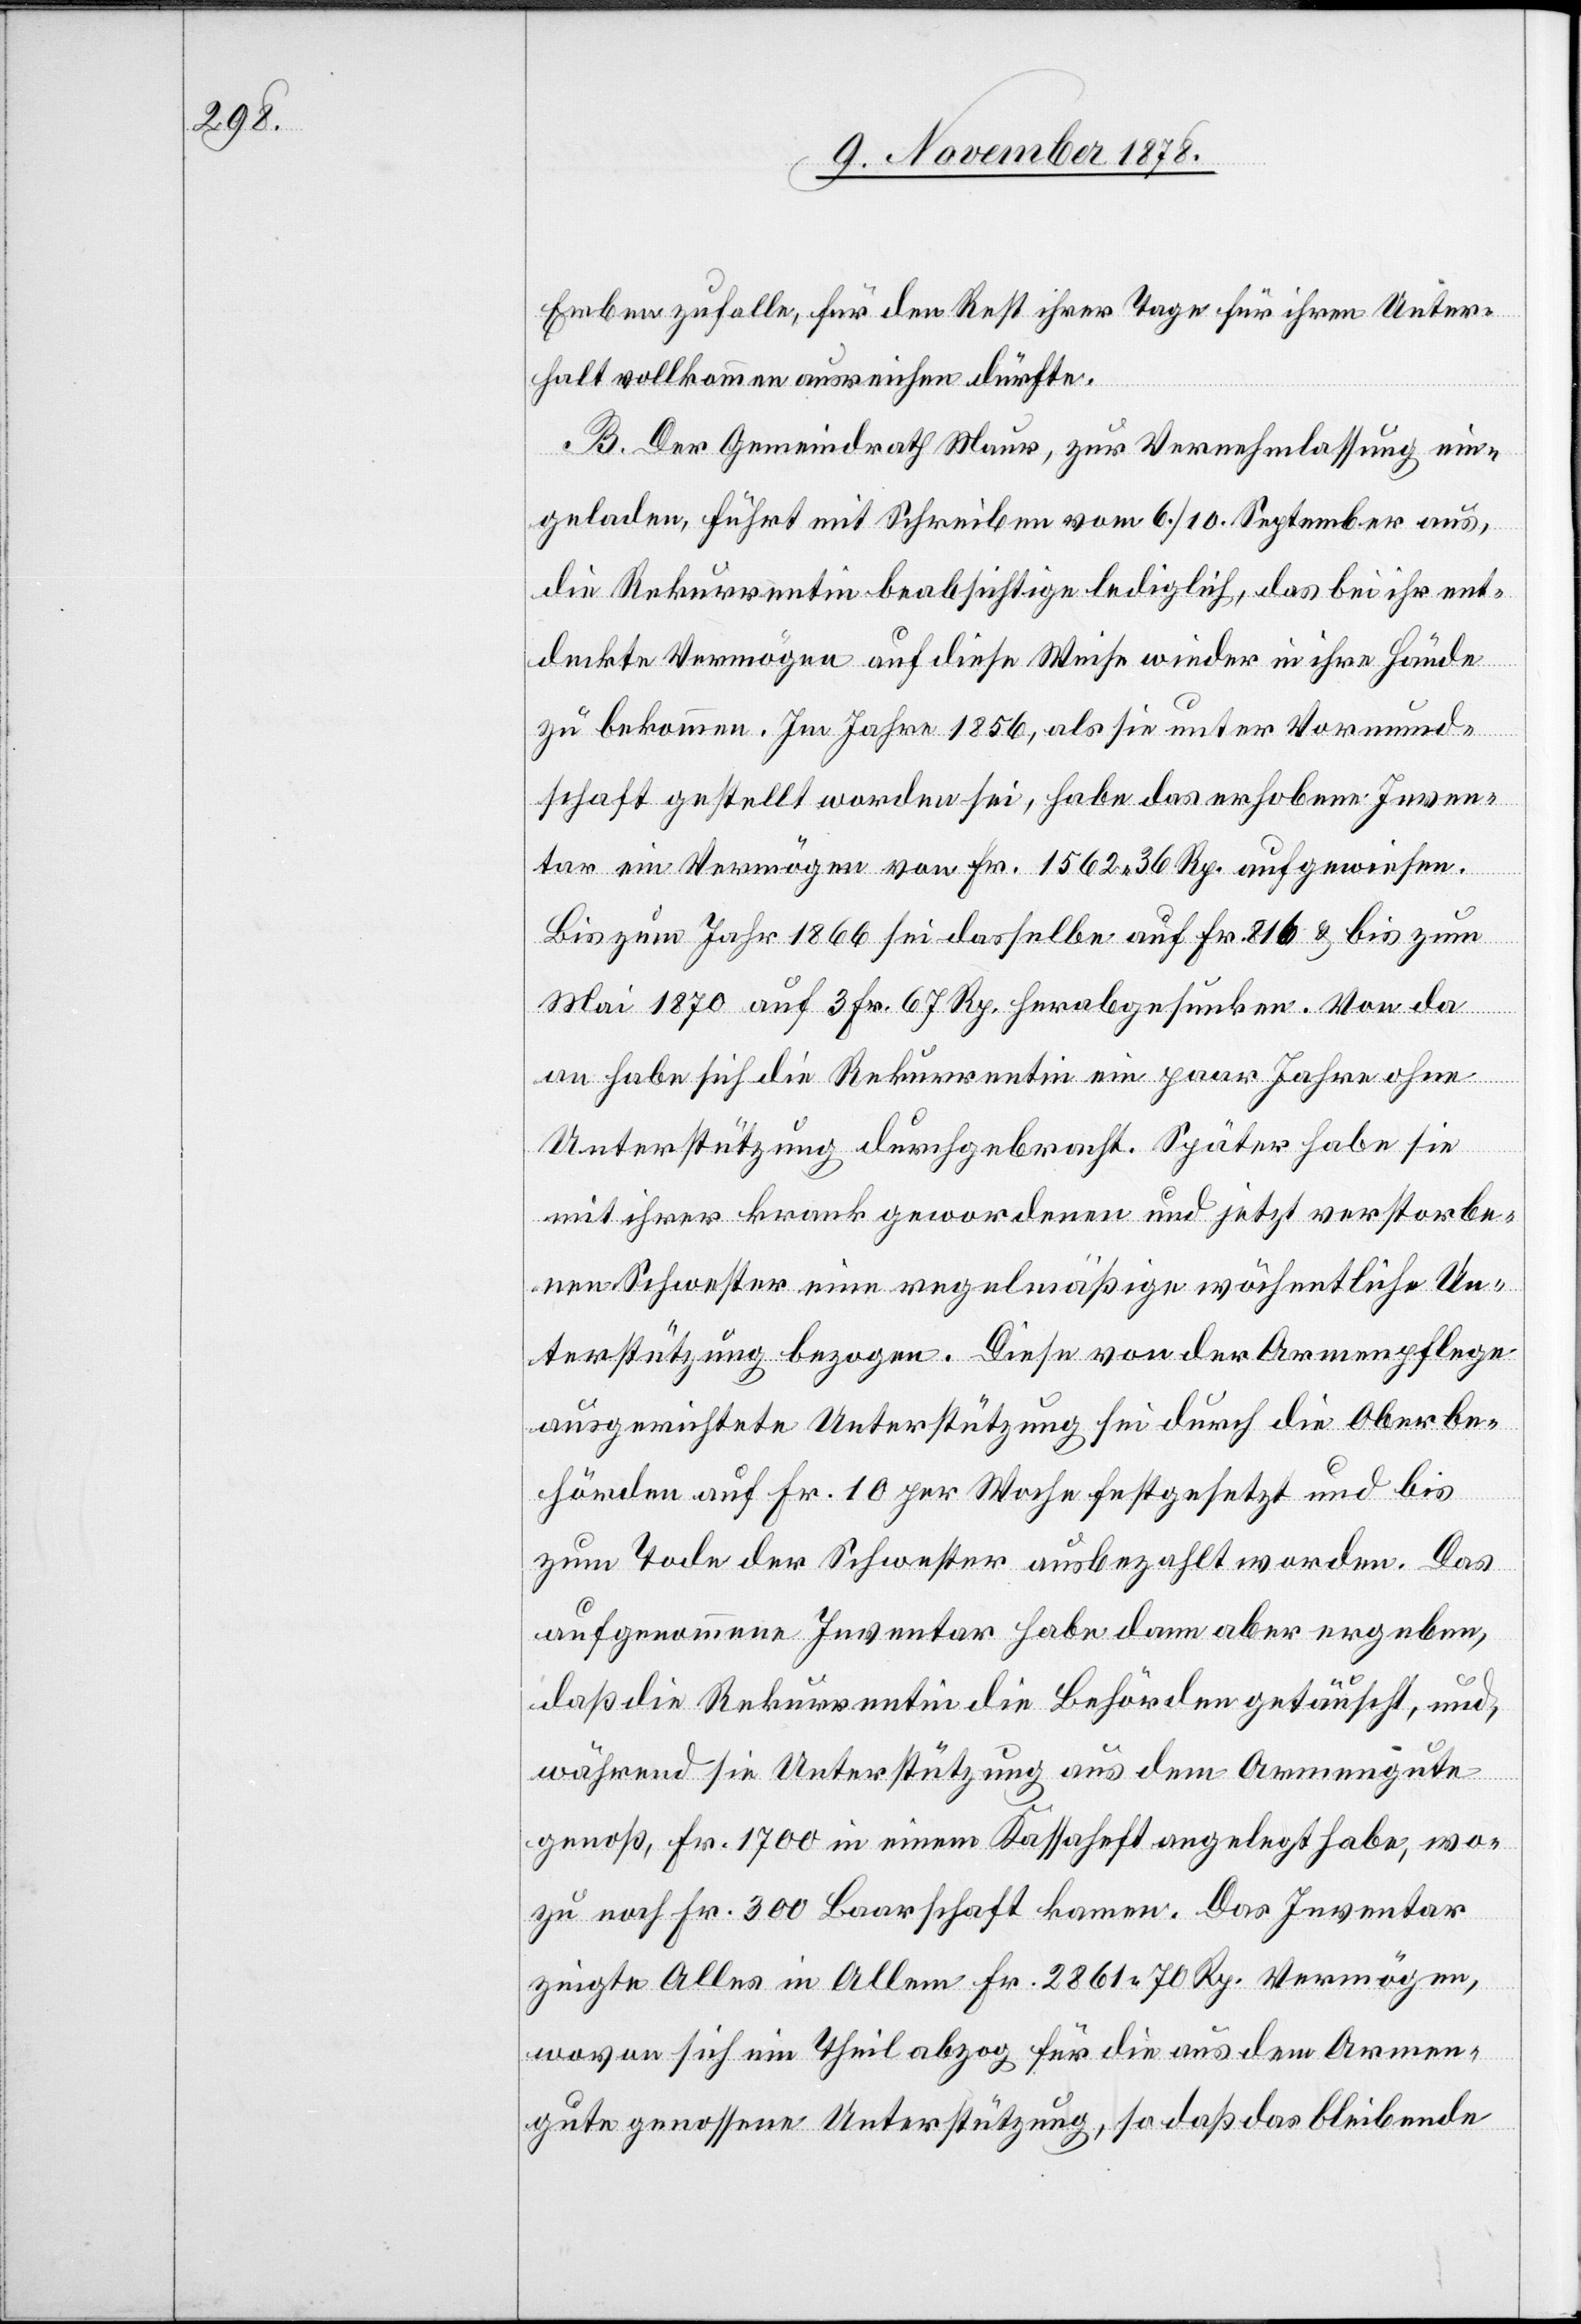
Erben zufalle, für den Rest ihrer Tage für ihren Unter¬
halt vollkommen ausreichen dürfte.
B. Der Gemeindrath Maur, zur Vernehmlassung ein¬
geladen, führt mit Schreiben vom 6./10. September aus,
die Rekurrentin beabsichtige lediglich, das bei ihr ent¬
deckte Vermögen auf diese Weise wieder in ihre Hände
zu bekommen. Im Jahre 1856, als sie unter Vormund¬
schaft gestellt worden sei, habe das erhobene Inven¬
tar ein Vermögen von Fr. 1562 36 Rp. aufgewiesen.
Bis zum Jahr 1866 sei dasselbe auf Fr. 816 & bis zum
Mai 1870 auf 3 Fr. 67 Rp. herabgesunken. Von da
an habe sich die Rekurrentin ein paar Jahre ohne
Unterstützung durchgebracht. Später habe sie
mit ihrer krank gewordenen und jetzt verstorbe¬
nen Schwester eine regelmäßige wöchentliche Un¬
terstützung bezogen. Diese von der Armenpflege
ausgerichtete Unterstützung sei durch die Oberbe¬
hörden auf Fr. 10 per Woche festgesetzt und bis
zum Tode der Schwester ausbezahlt worden. Das
aufgenommene Inventar habe dann aber ergeben,
daß die Rekurrentin die Behörden getäuscht, und,
während sie Unterstützung aus dem Armengute
genoß, Fr. 1700 in einem Kassaheft angelegt habe, wo¬
zu noch Fr. 300 Baarschaft kamen. Das Inventar
zeigte Alles in Allem Fr. 2861 70 Rp. Vermögen,
wovon sich ein Theil abzog für die aus dem Armen¬
gute genossene Unterstützung, so daß das bleibende